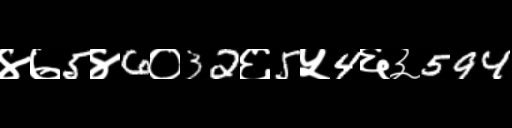
Text: ४७5४6०32६5५4६३594